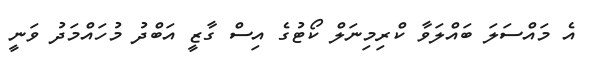
އެ މައްސަލަ ބައްލަވާ ކްރިމިނަލް ކޯޓުގެ އިސް ގާޒީ އަބްދު މުހައްމަދު ވަނީ